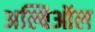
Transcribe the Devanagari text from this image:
अल्बिऑल